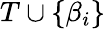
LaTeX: T\cup\{ \beta_{i}\}